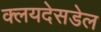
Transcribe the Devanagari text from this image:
क्लयदेसडेल